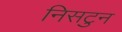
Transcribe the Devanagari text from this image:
निसटुन